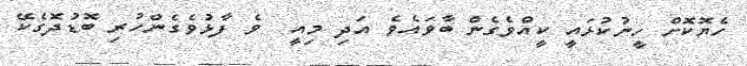
ހެޔޮކޮށް ހީނުކުޅައީ ކީއްވެގެން ބާވައެވެ އަދި މިއީ  ވެ ފާޅުވެގެންހުރި ބޮޑުދޮގެކޭ